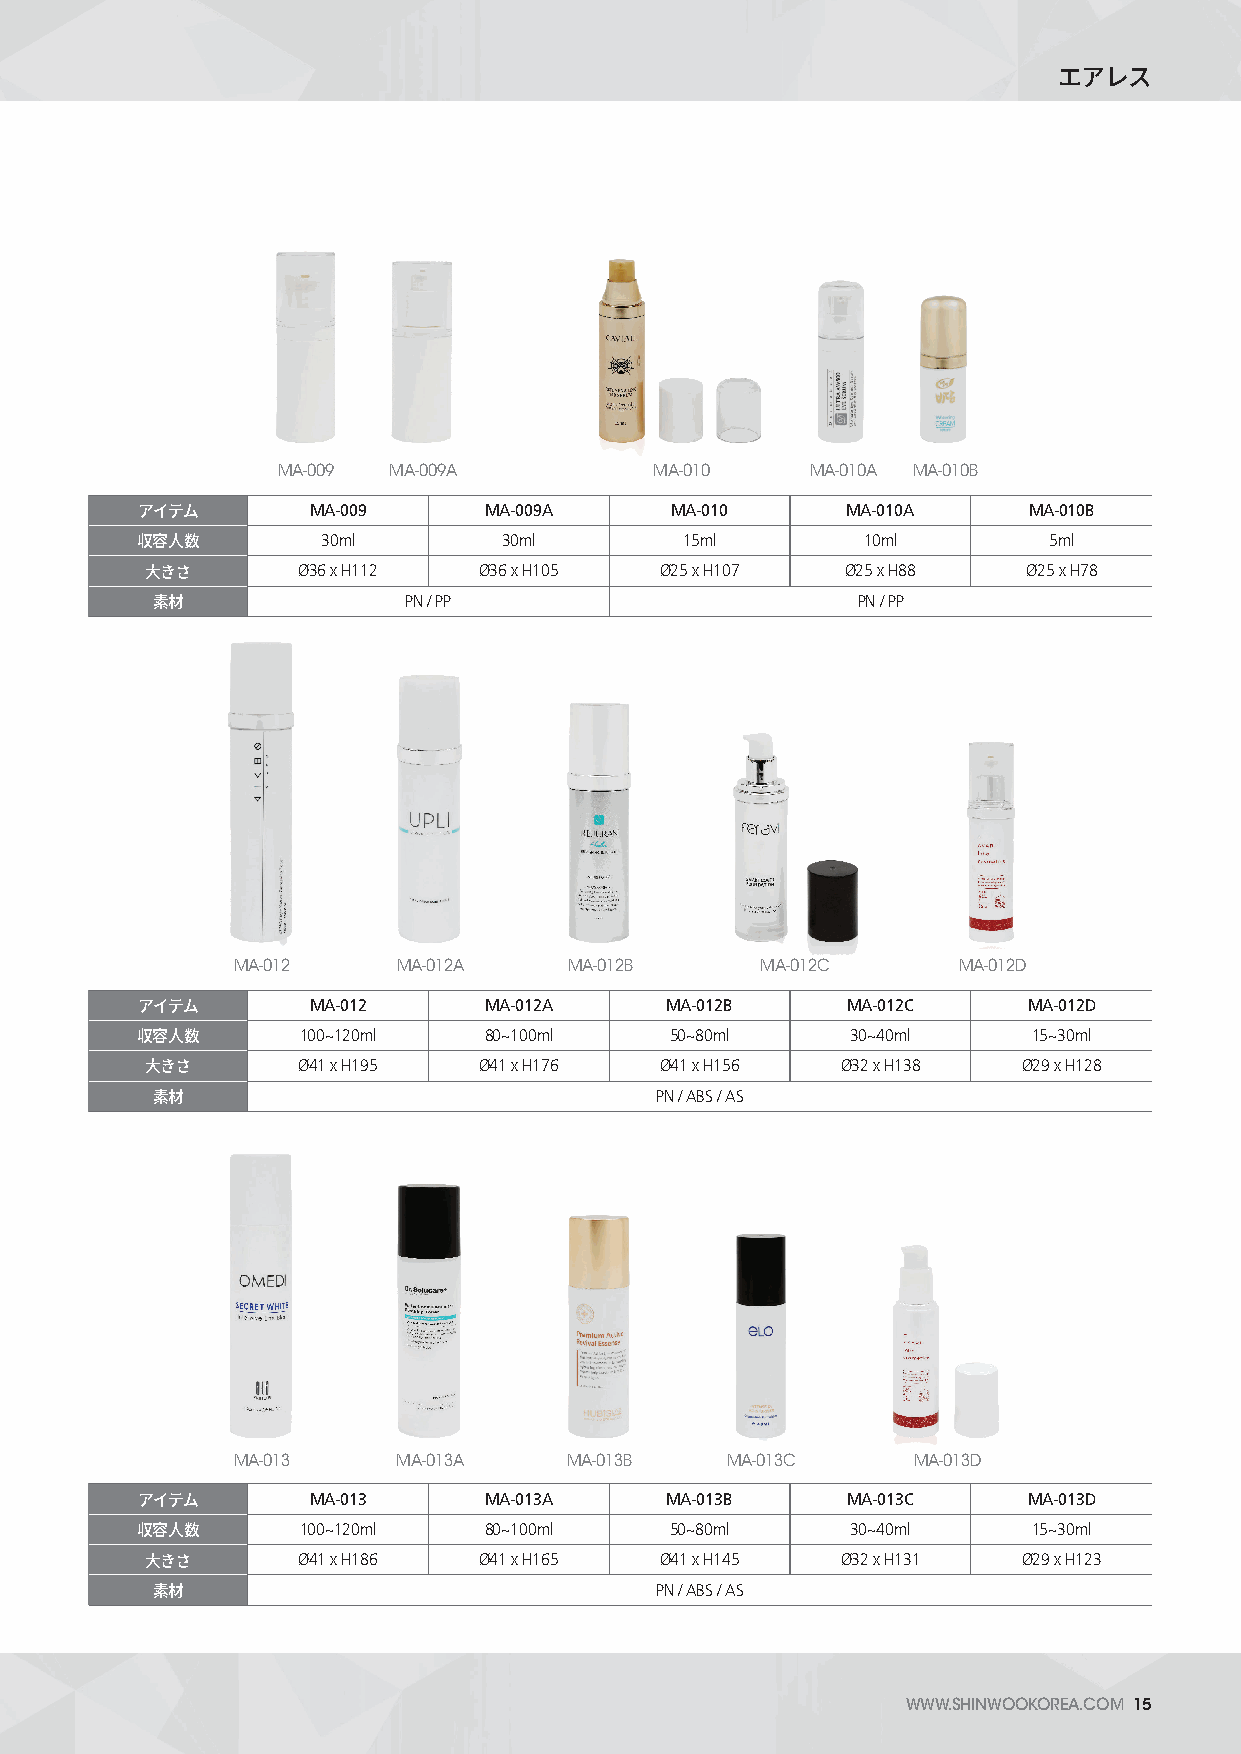
エアレス
 MA-009  MA-009A          MA-010     MA-010A MA-010B
 MA-009      MA-009A     MA-010      MA-010A     MA-010B
 アイテム
 30ml        30ml        15ml        10ml        5ml
 収容人数
 Ø36 x H112  Ø36 x H105  Ø25 x H107  Ø25 x H88   Ø25 x H78
 大きさ
 PN / PP                       PN / PP
 素材
 MA-012     MA-012A     MA-012B     MA-012C      MA-012D
 MA-012      MA-012A     MA-012B     MA-012C     MA-012D
 アイテム
 100~120ml   80~100ml    50~80ml     30~40ml     15~30ml
 収容人数
 Ø41 x H195  Ø41 x H176  Ø41 x H156  Ø32 x H138  Ø29 x H128
 大きさ
 PN / ABS / AS
 素材
 MA-013     MA-013A     MA-013B   MA-013C     MA-013D
 MA-013      MA-013A     MA-013B     MA-013C     MA-013D
 アイテム
 100~120ml   80~100ml    50~80ml     30~40ml     15~30ml
 収容人数
 Ø41 x H186  Ø41 x H165  Ø41 x H145  Ø32 x H131  Ø29 x H123
 大きさ
 PN / ABS / AS
 素材
 WWW.SHINWOOKOREA.COM 15